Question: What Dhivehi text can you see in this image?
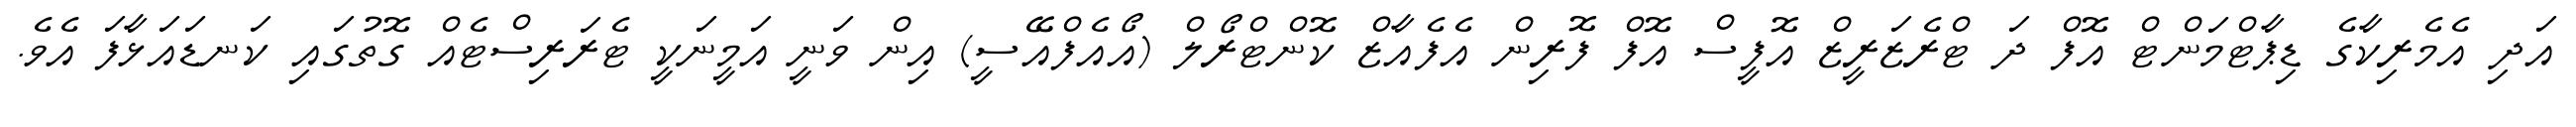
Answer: އަދި އެމެރިކާގެ ޑިޕާޓްމަންޓް އޮފް ދަ ޓްރެޒަރީޒް އޮފީސް އޮފް ފޮރިން އެފެއާޒް ކޮންޓްރޯލް (އޯއެފްއޭސީ) އިން ވަނީ އަމީނަކީ ޓެރަރިސްޓެއް ގޮތުގައި ކަނޑައަޅާފަ އެވެ.